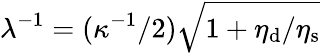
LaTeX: \lambda^{-1}=(\kappa^{-1}/2)\sqrt{1+\eta_{\mathrm{d}}/\eta_{\mathrm{s}}}